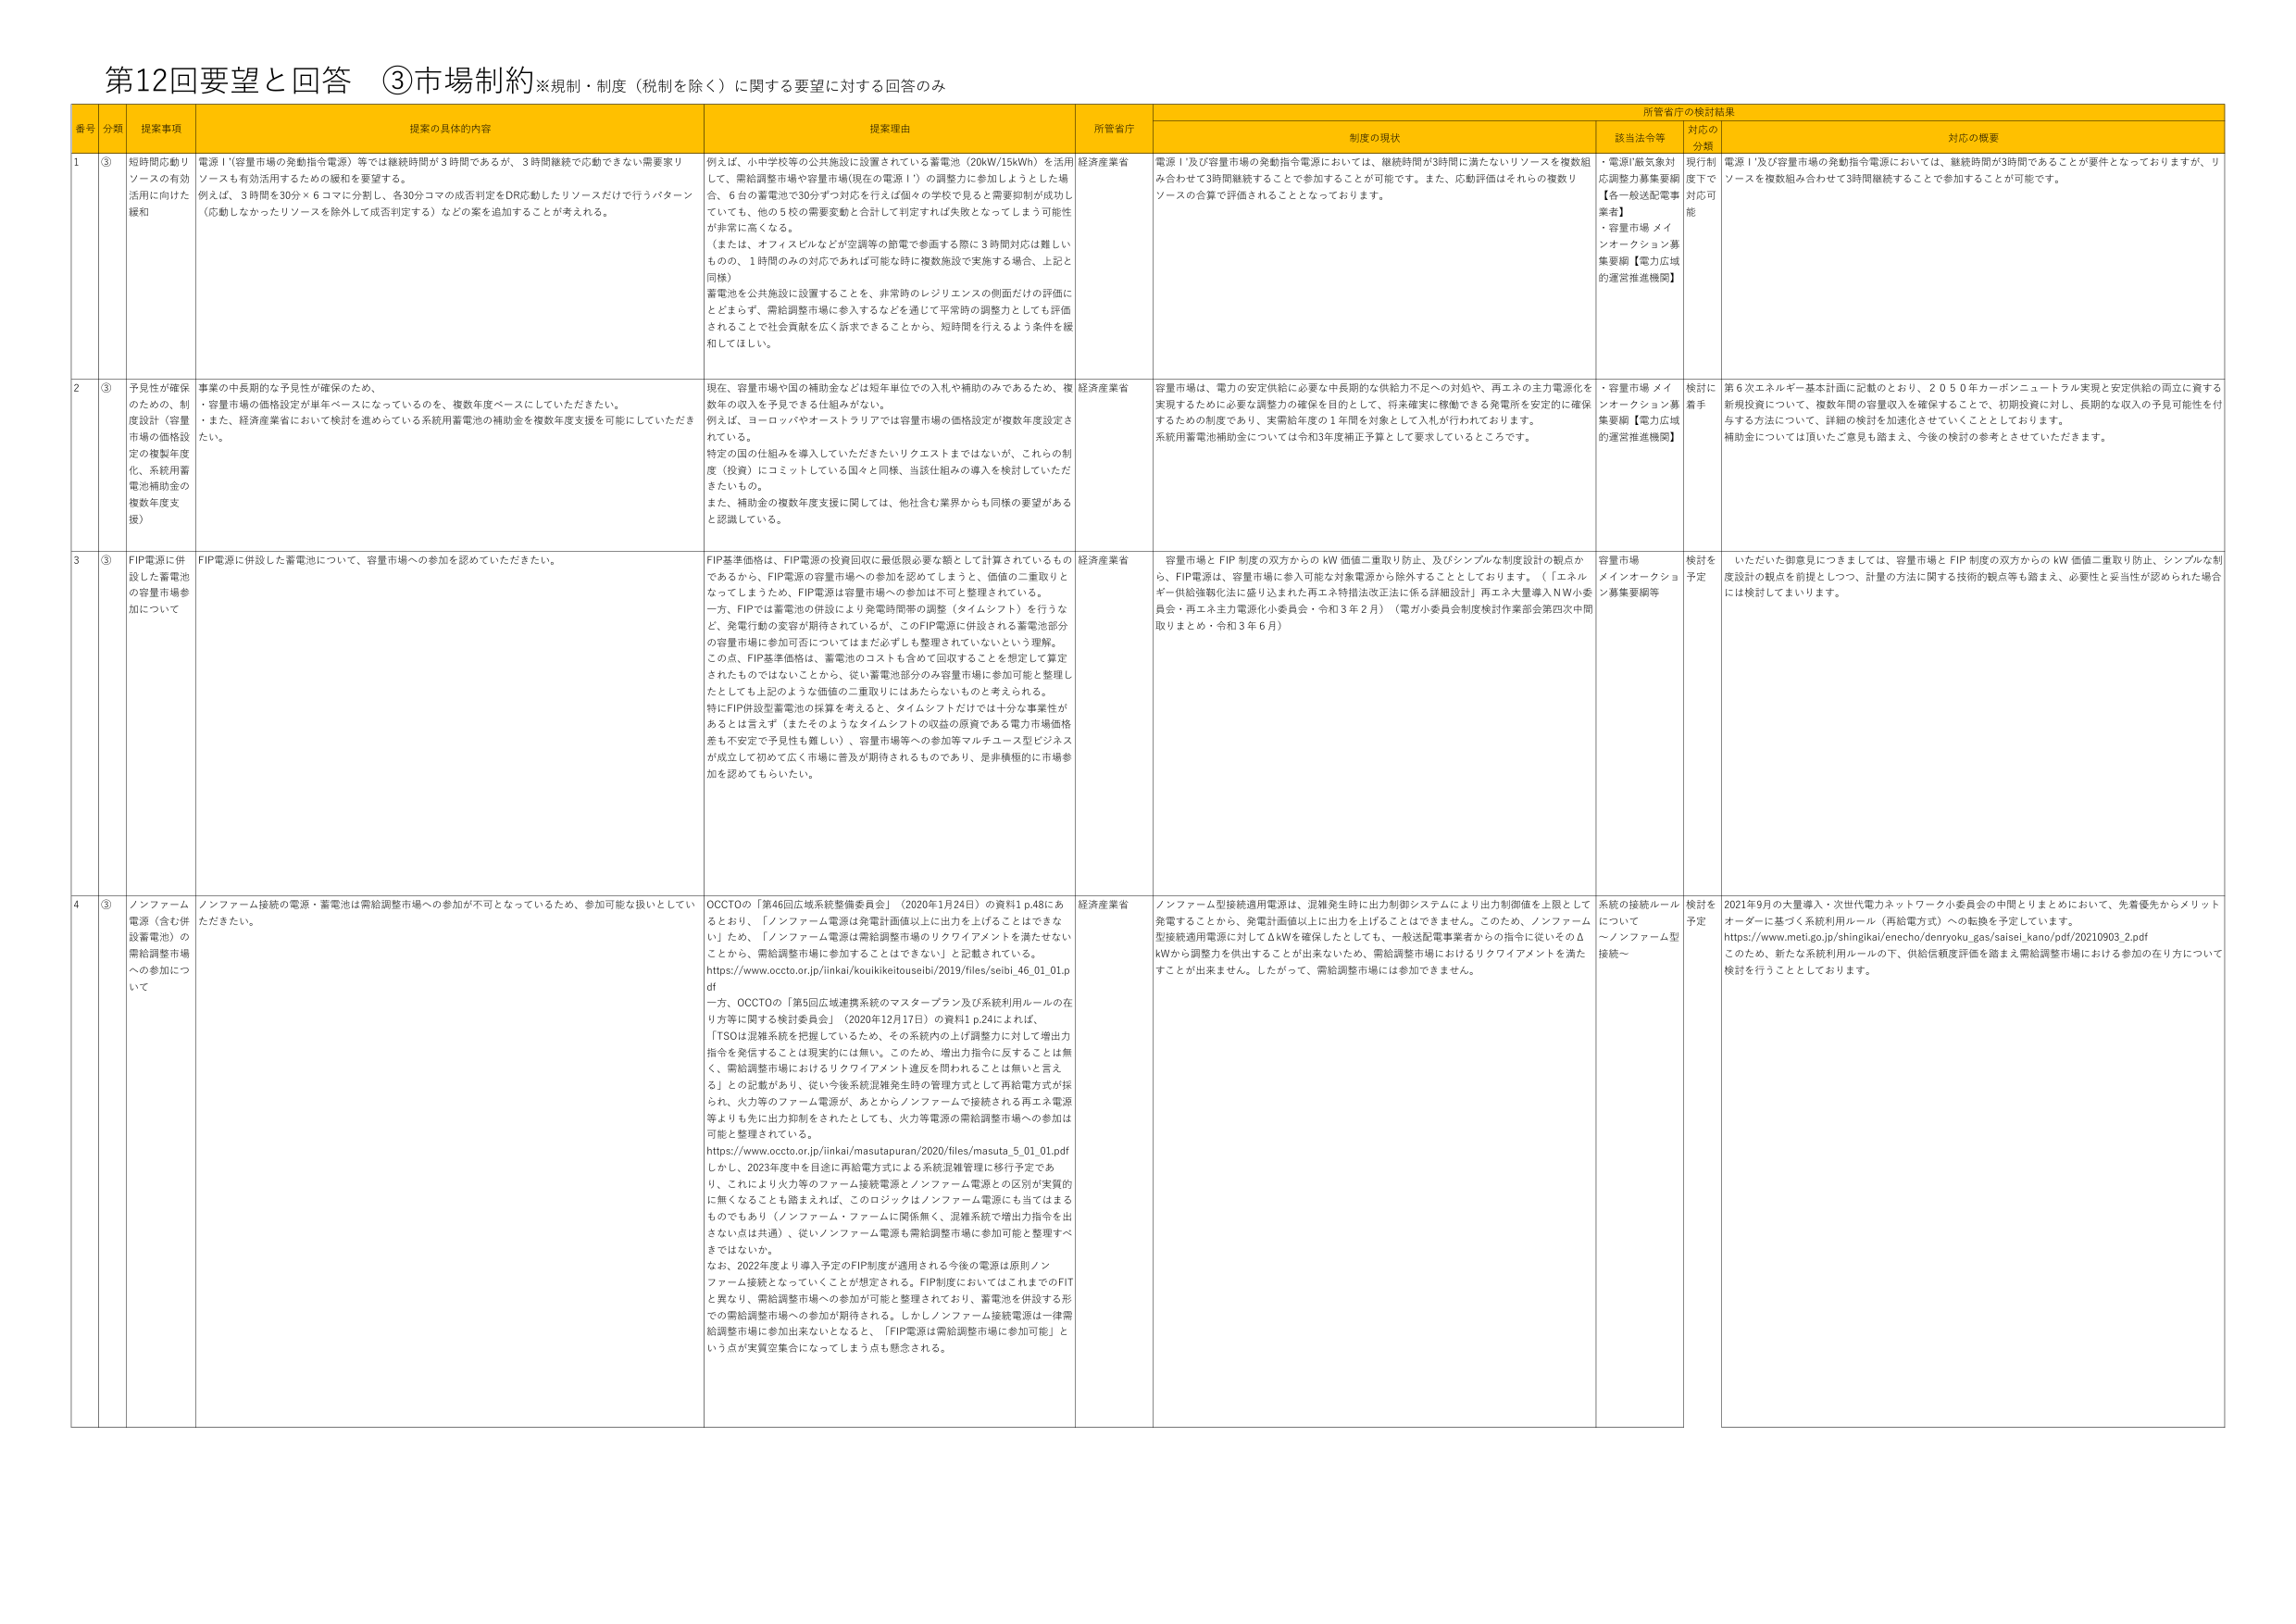
第12回要望と回答 ③市場制約※規制・制度（税制を除く）に関する要望に対する回答のみ

番号 分類 提案事項 提案の具体的内容 提案理由 所管省庁 所管省庁の検討結果
制度の現状 該当法令等 対応の分類 対応の概要

1 ③ 短時間応動リソースの有効活用に向けた緩和 電源Ⅰ（容量市場の発動指令電源）等では継続時間が3時間であるが、3時間継続で応動できない需要家リソースも有効活用するための緩和を要望する。 例えば、3時間を30分×6コマに分割し、各30分コマの成否判定をDR応動したリソースだけで行うパターン（応動しなかったリソースを除外して成否判定する）などの案を追加することが考えられる。 例えば、小中学校等の公共施設に設置されている蓄電池（20kW/15kWh）を活用して、需給調整市場や容量市場（現在の電源Ⅰ）の調整力に参加しようとした場合、6台の蓄電池で30分ずつ対応を行えば個々の学校で見ると需要抑制が成功していても、他の校の需要変動と合計して判定すれば失敗となってしまう可能性が非常に高くなる。 （または、オフィスビルなどが空調等の節電で参画する際に3時間対応は難しいもの、1時間のみの対応であれば可能な時に複数施設で実施する場合、上記と同様） 蓄電池を公共施設に設置することを、非常時のレジリエンスの側面だけの評価にとどまらず、需給調整市場に参入するなどを通じて平常時の調整力としても評価されることで社会貢献を広く訴求できることから、短時間を行えるよう条件を緩和してほしい。 経済産業省 電源Ⅰ及び容量市場の発動指令電源においては、継続時間が3時間に満たないリソースを複数組み合わせて3時間継続することで参加することが可能です。また、応動評価はそれらの複数リソースの合算で評価されることとなっております。 ・電源Ⅰ厳気象対応調整力募集要綱【各一般送配電事業者】 ・容量市場 メイソンオクション募集要綱【電力広域的運営推進機関】 現行制度下で対応可能 電源Ⅰ及び容量市場の発動指令電源においては、継続時間が3時間であることが要件となっておりますが、リソースを複数組み合わせて3時間継続することで参加することが可能です。

2 ③ 予見性が確保のための、制度設計（容量市場の価格設定の複数年度化、系統用蓄電池補助金の複数年度支援） 事業の中長期的な予見性が確保のため、・容量市場の価格設定が単年ベースになっているのを、複数年度ベースにしていただきたい。・また、経済産業省において検討を進められている系統用蓄電池の補助金を複数年度支援を可能にしていただきたい。 現在、容量市場や国の補助金などは短年単位での入札や補助のみであるため、複数年の収入を予見できる仕組みがない。 例えば、ヨーロッパやオーストラリアでは容量市場の価格設定が複数年度設定されている。 特定の国の仕組みを導入していただきたいリクエストまではないが、これらの制度（投資）にコミットしている国々と同様、当該仕組みの導入を検討していただきたいもの。 また、補助金の複数年度支援に関しては、他社含む業界からも同様の要望があると認識している。 経済産業省 容量市場は、電力の安定供給に必要な中長期的な供給力不足への対処や、再エネの主力電源化を実現するために必要な調整力の確保を目的として、将来確実に稼働できる発電所を安定的に確保するための制度であり、実需給年度の1年間を対象として入札が行われております。 系統用蓄電池補助金については令和3年度補正予算として要求しているところです。 ・容量市場 メイソンオクション募集要綱【電力広域的運営推進機関】 検討に着手 第6次エネルギー基本計画に記載のとおり、2050年カーボンニュートラル実現と安定供給の両立に資する新規投資について、複数年間の容量収入を確保することで、初期投資に対し、長期的な収入の予見可能性を付与する方法について、詳細の検討を加速化させていくこととしております。 補助金については頂いたご意見も踏まえ、今後の検討の参考とさせていただきます。

3 ③ FIP電源に併設した蓄電池の容量市場参加について FIP電源に併設した蓄電池について、容量市場への参加を認めていただきたい。 FIP基準価格は、FIP電源の投資回収に最低限必要な額として計算されているものであるから、FIP電源の容量市場への参加を認めてしまうと、価値の二重取りとなってしまうため、FIP電源は容量市場への参加は不可と整理されている。 一方、FIPでは蓄電池の併設により発電時間帯の調整（タイムシフト）を行うなど、発電行動の変容が期待されているが、このFIP電源に併設される蓄電池部分の容量市場に参加可否についてはまだ必ずしも整理されていないという理解。 この点、FIP基準価格は、蓄電池のコストも含めて回収することを想定して算定されたものではないことから、従い蓄電池部分のみ容量市場に参加可能と整理したとしても上記のような価値の二重取りにはあたらないものと考えられる。 特にFIP併設型蓄電池の採算を考えると、タイムシフトだけでは十分な事業性があるとは言えず（またそのようなタイムシフトの収益の原資である電力市場価格差も不安定で予見性も難しい）、容量市場等への参加等マルチユース型ビジネスが成立して初めて広く市場に普及が期待されるものであり、是非積極的に市場参加を認めてもらいたい。 経済産業省 容量市場とFIP制度の双方からのkW価値二重取り防止、及びシンプルな制度設計の観点から、FIP電源は、容量市場に参入可能な対象電源から除外することとしております。（「エネルギー供給強靭化に繋り込まれた再エネ特措法改正案に係る詳細設計」再エネ大量導入NW小委員会・再エネ主力電源化小委員会・令和3年2月）（電力小委員会制度検討作業部会第四次中間取りまとめ・令和3年6月） 容量市場 メイソンオークション募集要綱等 検討を予定 いただいた御意見につきましては、容量市場とFIP制度の双方からのkW価値二重取り防止、シンプルな制度設計の観点を前提としつつ、計量の方法に関する技術的観点等も踏まえ、必要性と妥当性が認められた場合には検討してまいります。

4 ③ ノンファーム電源（含む併設蓄電池）の需給調整市場への参加について ノンファーム接続の電源・蓄電池は需給調整市場への参加が不可となっているため、参加可能な扱いとしていただきたい。 OCCITOの「第46回広域系統整備委員会」（2020年1月24日）の資料1 p.48にあるとおり、「ノンファーム電源は発電計画値以上に出力を上げることはできない」ため、「ノンファーム電源は需給調整市場のリクワイアメントを満たせないことから、需給調整市場に参加することはできない」と記載されている。 https://www.occto.or.jp/iinkai/kouikiketousubi/2019/files/seibi_46_01_01.pdf 一方、OCCITOの「第5回広域連携系統のマスタープラン及び系統利用ルールの在り方等に関する検討委員会」（2020年12月17日）の資料1 p.24によれば、「TSOは混雑系統を把握しているため、その系統内の上げ調整力に対して増出力指令を発信することは現実的には無い。このため、増出力指令に反することは無く、需給調整市場におけるリクワイアメント違反を問われることは無いと言える」との記載があり、従い今後系統混雑発生時の管理方式として再給電方式が採られ、火力等のファーム電源が、あとからノンファームで接続される再エネ電源等よりも先に出力抑制をされたとしても、火力等電源の需給調整市場への参加は可能と整理されている。 https://www.occto.or.jp/iinkai/masutapuran/2020/files/masuta_5_01_01.pdf しかし、2023年度中を目途に再給電方式による系統混雑管理に移行予定であり、これにより火力等のファーム接続電源とノンファーム電源との区別が実質的に無くなることも踏まえれば、このロジックはノンファーム電源にも当てはまるものであり（ノンファーム・ファームに関係無く、混雑系統で増出力指令を出さない点は共通）、従いノンファーム電源も需給調整市場に参加可能と整理すべきではないか。 なお、2022年度より導入予定のFIP制度が適用される今後の電源は原則ノンファーム接続となっていくことが想定される。FIP制度においてはこれまでのFITと異なり、需給調整市場への参加が可能と整理されており、蓄電池を併設する形での需給調整市場への参加が期待される。しかしノンファーム接続電源は一律需給調整市場に参加出来ないこととなると、「FIP電源は需給調整市場に参加可能」という点が実質空集合になってしまう点も懸念される。 経済産業省 ノンファーム型接続適用電源は、混雑発生時に出力制御システムにより出力制御値を上限として発電することから、発電計画値以上に出力を上げることはできません。このため、ノンファーム型接続適用電源に対してΔkWを確保したとしても、一般送配電事業者からの指令に従いそのΔkWから調整力を供出することが出来ないため、需給調整市場におけるリクワイアメントを満たすことが出来ません。したがって、需給調整市場には参加できません。 系統の接続ルールについて ～ノンファーム型接続～ 検討を予定 2021年9月の大量導入・次世代電力ネットワーク小委員会の中間とりまとめにおいて、先着優先からメリットオーダーに基づく系統利用ルール（再給電方式）への転換を予定しています。 https://www.meti.go.jp/shingikai/enecho/denryoku_gas/saisei_kano/pdf/20210903_2.pdf このため、新たな系統利用ルールの下、供給信頼度評価を踏まえ需給調整市場における参加の在り方について検討を行うこととしております。